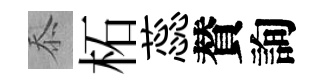
忝柘蕊賛詢